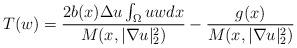
LaTeX: \begin{align*}T(w)=\frac{2b(x)\Delta u\int_{\Omega}u w dx}{M(x,|\nabla u|_{2}^{2})}-\frac{g(x)}{M(x,|\nabla u|_{2}^{2})}\end{align*}